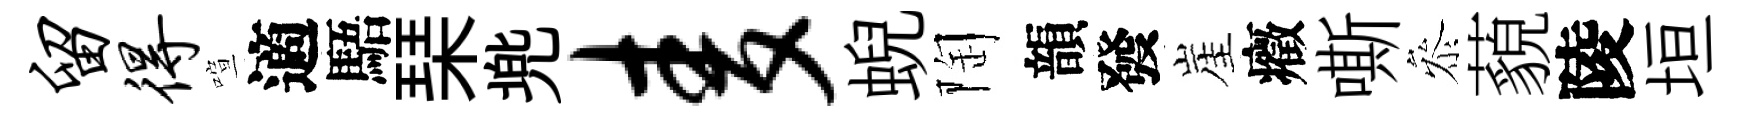
留得喧適䮏琹兠麦蜺陶韻發崖癥嘶叅藐陵垣